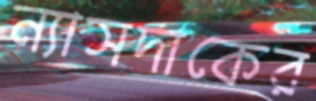
ন্যাসদাকের